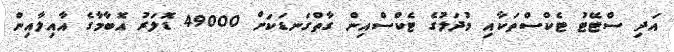
އަދި ސްޓޭޓު ޓެކްސްތަކާއި މުދަލުގެ ޓެކްސްއިން ގާތްގަނޑަކަށް 49000 ޑޮލަރު އޮބާމާގެ އާއިލާއިން